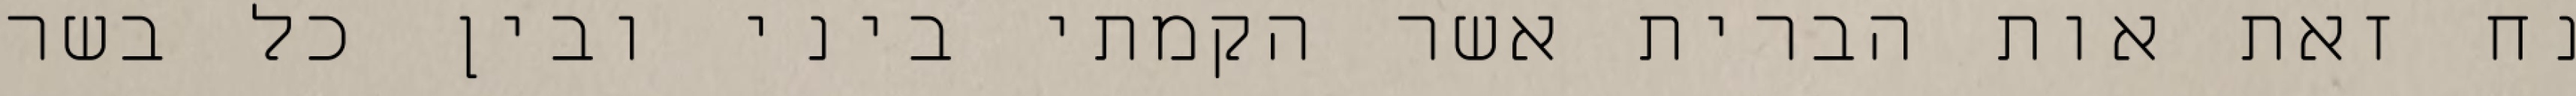
נח זאת אות הברית אשר הקמתי ביני ובין כל בשר